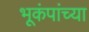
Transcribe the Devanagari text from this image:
भूकंपांच्या